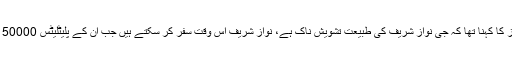
جس پر ڈاکٹر محمود ایاز کا کہنا تھا کہ جی نواز شریف کی طبیعت تشویش ناک ہے، نواز شریف اس وقت سفر کر سکتے ہیں جب ان کے پلیٹلیٹس 50000 ہوں اس سے پہلے نہیں۔